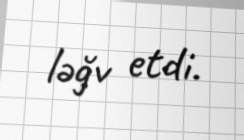
ləğv etdi.